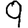
Digit: 9